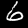
Label: 6